Civil Veterinary Dept. Bombay admin report 1893-99 - 1893-1899
Year: 1893
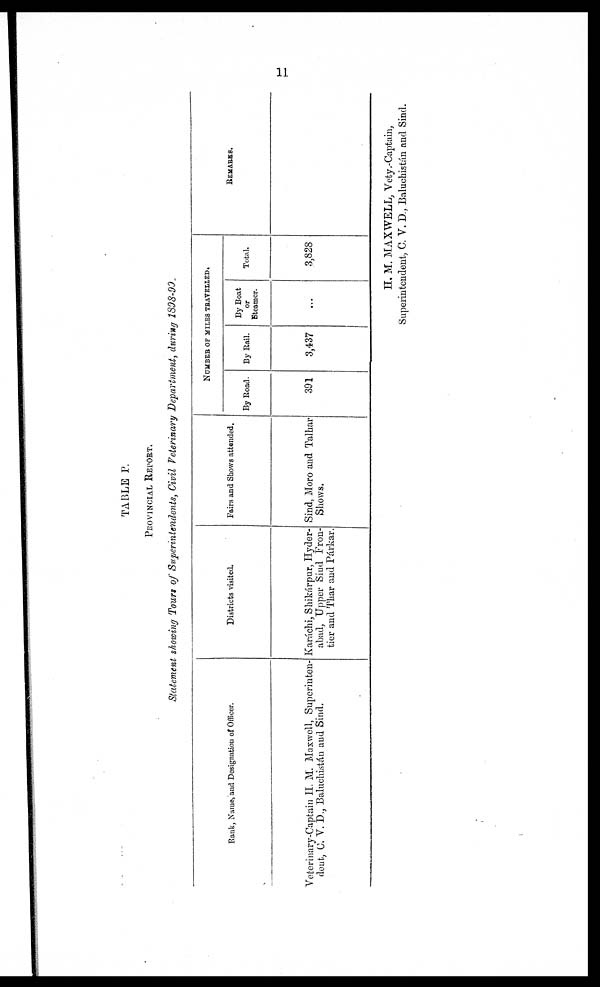
11
TABLE P.
PROVINCIAL REPORT.
Statement showing Tours of Superintendents, Civil Veterinary Department, during 1898-99.
Bank, Name, and Designation of Officer.
Veterinary-Captain H. M. Maxwell, Superinten-
dent, C. V. D., Baluchistán and Sind.
Districts visited.
Karáchi, Shikárpur, Hyder-
abad, Upper Sind Fron-
tier and Thar and Párkar.
Fairs and Shows attended.
Sind, Moro and Talhar
Shows.
NUMBER OF MILES TRAVELLED.
By Road.
391
By Rail.
3,437
By Boat
or
Steamer.
...
Total.
3,828
REMARKS.
H. M. MAXWELL, Vety.-Captain,
Superintendent, C. V. D., Baluchistán and Sind.